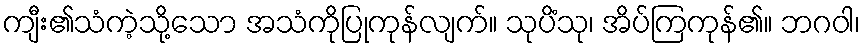
ကျီး၏သံကဲ့သို့သော အသံကိုပြုကုန်လျက်။ သုပိံသု၊ အိပ်ကြကုန်၏။ ဘဂဝါ၊